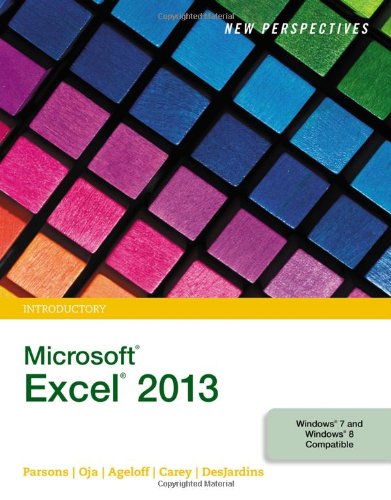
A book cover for New Perspectives on Microsoft Excel 2013, Introductory; June Jamrich Parsons; Computers & Technology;